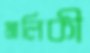
মালিকী